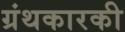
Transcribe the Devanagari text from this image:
ग्रंथकारकी